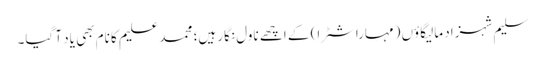
سلیم شہزاد مالیگاؤں (مہاراشٹرا) کے اچھے ناول نگار ہیں؛ محمد علیم کا نام بھی یاد آ گیا۔